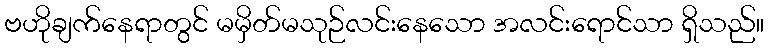
ဗဟိုချက်နေရာတွင် မမှိတ်မသုဉ်လင်းနေသော အလင်းရောင်သာ ရှိသည်။